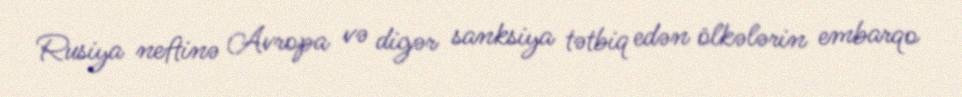
Rusiya neftinə Avropa və digər sanksiya tətbiq edən ölkələrin embarqo